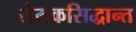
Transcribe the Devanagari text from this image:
रोमकसिद्धान्त